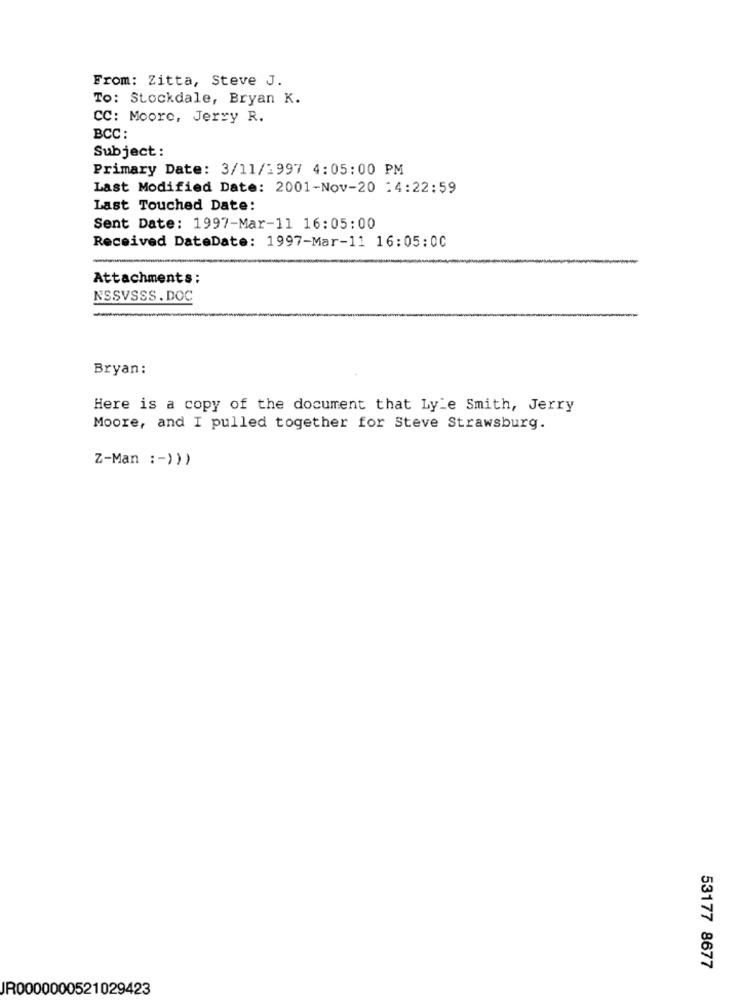
From: Zitta, Steve J.
To: Stockdale, Bryan K.
CC: Moore, Jerry R.
BCC :
Subject:
Primary Date: 3/11/1997 4:05:00 PM
Last Modified Date: 2001-Nov-20 :4:22:59
Last Touched Date:
Sent Date: 1997-Mar-11 16:05:00
Received DateDate: 1997-Mar-11 16:05:00
Attachments:
NSSVSSS. DOC
-
Bryan:
Here is a copy of the document that Lyle Smith, Jerry
Moore, and I pulled together for Steve Strawsburg.
Z-Man :- )))
53177 8677
JR0000000521029423